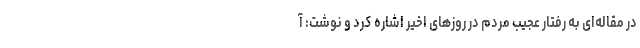
در مقاله‌ای به رفتار عجیب مردم در روزهای اخیر اشاره کرد و نوشت: آ